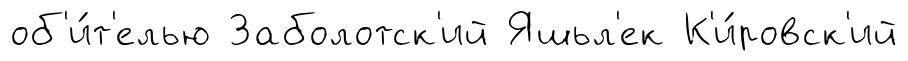
об'и́т'елью Заболотск'ий Яшьл'ек К'и́ровск'ий